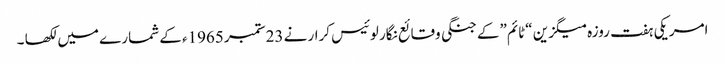
امریکی ہفت روزہ میگزین “ٹائم”کے جنگی وقائع نگار لوئیس کرار نے 23ستمبر 1965ء کے شمارے میں لکھا ۔